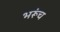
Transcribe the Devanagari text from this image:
भरूंच